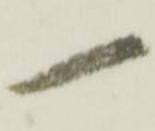
一